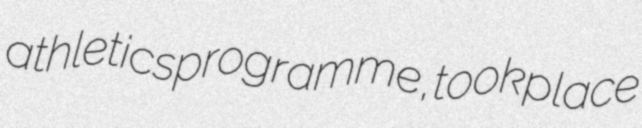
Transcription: athletics programme, took place